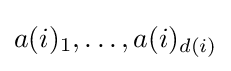
a(i)_{1},\dots ,a(i)_{d(i)}